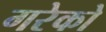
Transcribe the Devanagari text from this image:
गरेको